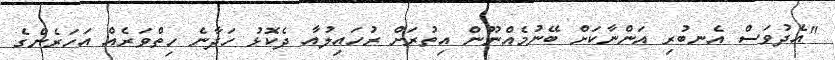
"އެދުވަސް އެނބުރި އަންނާކަށް ބޭނުމެއްނޫން އިތުރަށް ރުހައިލުއާ ދެކޮޅު ހަދާނެ ހިތްވަރެއް އަހަރެންގެ